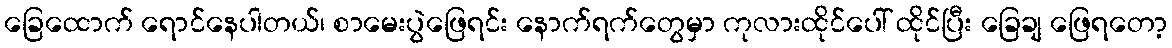
ခြေထောက် ရောင်နေပါတယ်၊ စာမေးပွဲဖြေရင်း နောက်ရက်တွေမှာ ကုလားထိုင်ပေါ် ထိုင်ပြီး ခြေချ ဖြေရတော့